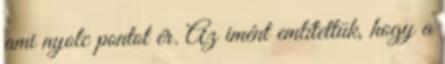
ami nyolc pontot ér. Az imént említettük, hogy a